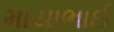
માયાભાઈ